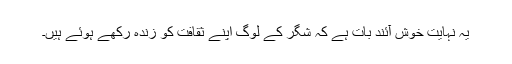
یہ نہایت خوش آئند بات ہے کہ شگر کے لوگ اپنے ثقافت کو زندہ رکھے ہوئے ہیں۔